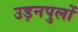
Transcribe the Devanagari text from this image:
उड़नपुलों